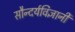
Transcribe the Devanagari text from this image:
सौन्दर्यविज्ञानी